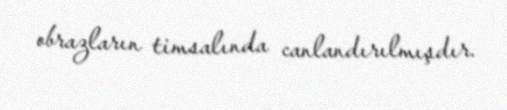
obrazların timsalında canlandırılmışdır.